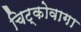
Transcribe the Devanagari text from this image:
चिट्कोवागा